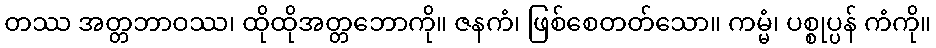
တဿ အတ္တဘာဝဿ၊ ထိုထိုအတ္တဘောကို။ ဇနကံ၊ ဖြစ်စေတတ်သော။ ကမ္မံ၊ ပစ္စုပ္ပန် ကံကို။